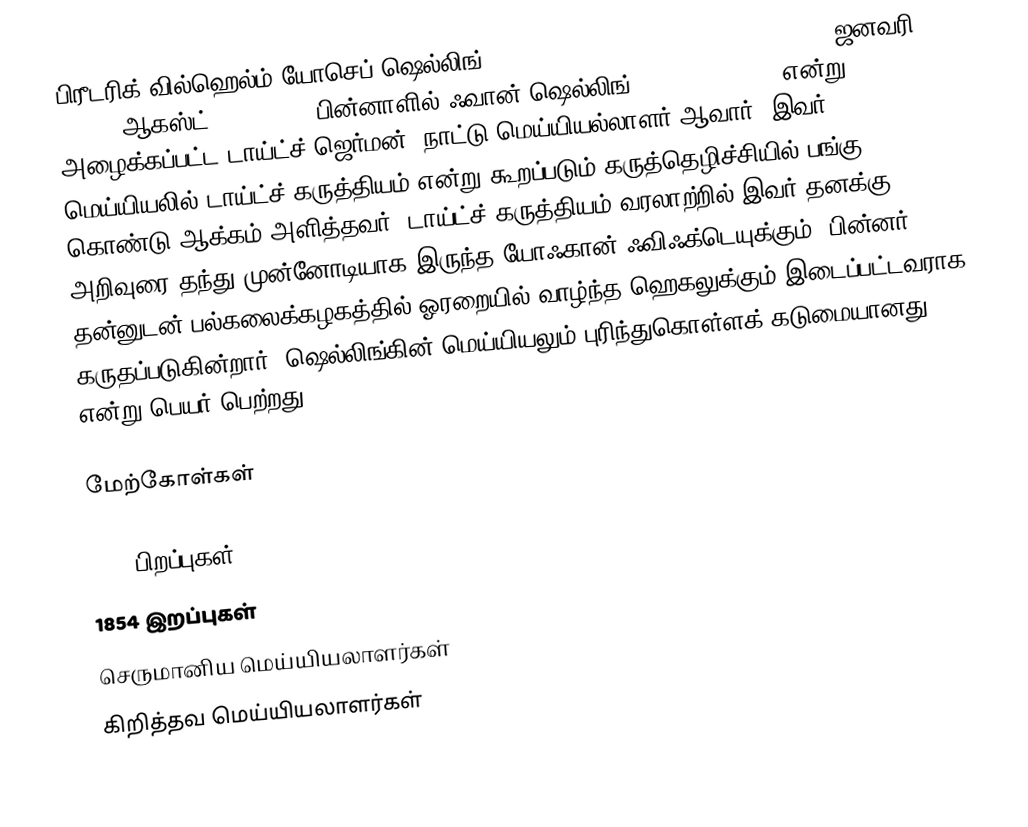
பிரீடரிக் வில்ஹெல்ம் யோசெப் ஷெல்லிங் (Friedrich Wilhelm Joseph Schelling) (ஜனவரி 27, 1775 – ஆகஸ்ட் 20, 1854), பின்னாளில் ஃவான் ஷெல்லிங் (von Schelling) என்று அழைக்கப்பட்ட டாய்ட்ச்(ஜெர்மன்) நாட்டு மெய்யியல்லாளர் ஆவார். இவர் மெய்யியலில் டாய்ட்ச் கருத்தியம் என்று கூறப்படும் கருத்தெழிச்சியில் பங்கு கொண்டு ஆக்கம் அளித்தவர். டாய்ட்ச் கருத்தியம் வரலாற்றில் இவர் தனக்கு அறிவுரை தந்து முன்னோடியாக இருந்த யோஃகான் ஃவிஃக்டெயுக்கும், பின்னர் தன்னுடன் பல்கலைக்கழகத்தில் ஓரறையில் வாழ்ந்த ஹெகலுக்கும் இடைப்பட்டவராக கருதப்படுகின்றார். ஷெல்லிங்கின் மெய்யியலும் புரிந்துகொள்ளக் கடுமையானது என்று பெயர் பெற்றது.

மேற்கோள்கள்

1775 பிறப்புகள்
1854 இறப்புகள்
செருமானிய மெய்யியலாளர்கள்
கிறித்தவ மெய்யியலாளர்கள்